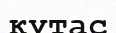
кутас